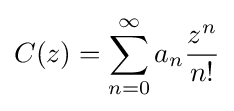
C(z)=\sum _{n=0}^{\infty }a_{n}{\dfrac {z^{n}}{n!}}